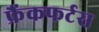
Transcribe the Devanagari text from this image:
फ्रैंकफर्टस